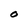
Character: O